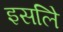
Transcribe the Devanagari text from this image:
इसलिे